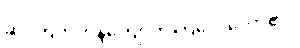
ဆိုးကြိတ်ကန်ကျောက်ကြလေတော့၏။